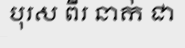
បុរស ពីរ នាក់ ជា